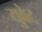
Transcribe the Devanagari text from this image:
युवेट